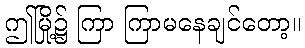
ဤမြို့၌ ကြာ ကြာမနေချင်တော့။